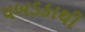
ધબડકાથી